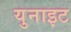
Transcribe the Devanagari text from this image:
युनाइट